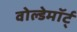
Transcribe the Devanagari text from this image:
वोल्डेमॉर्ट्